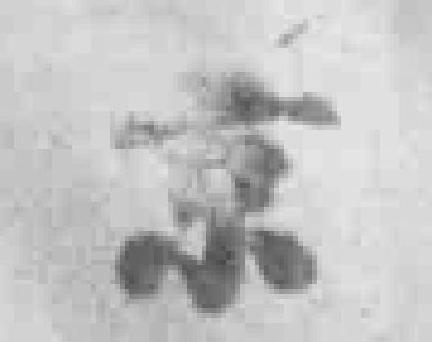
京